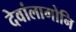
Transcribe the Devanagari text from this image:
देवांलागोनि